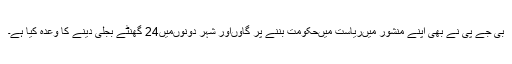
بی جے پی نے بھی اپنے منشور میںریاست میںحکومت بننے پر گاؤںاور شہر دونوںمیں24 گھنٹے بجلی دینے کا وعدہ کیا ہے۔